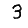
Digit: 3